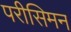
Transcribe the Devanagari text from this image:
परीसिमन